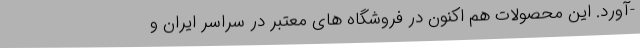
-آورد. این محصولات هم اکنون در فروشگاه های معتبر در سراسر ایران و